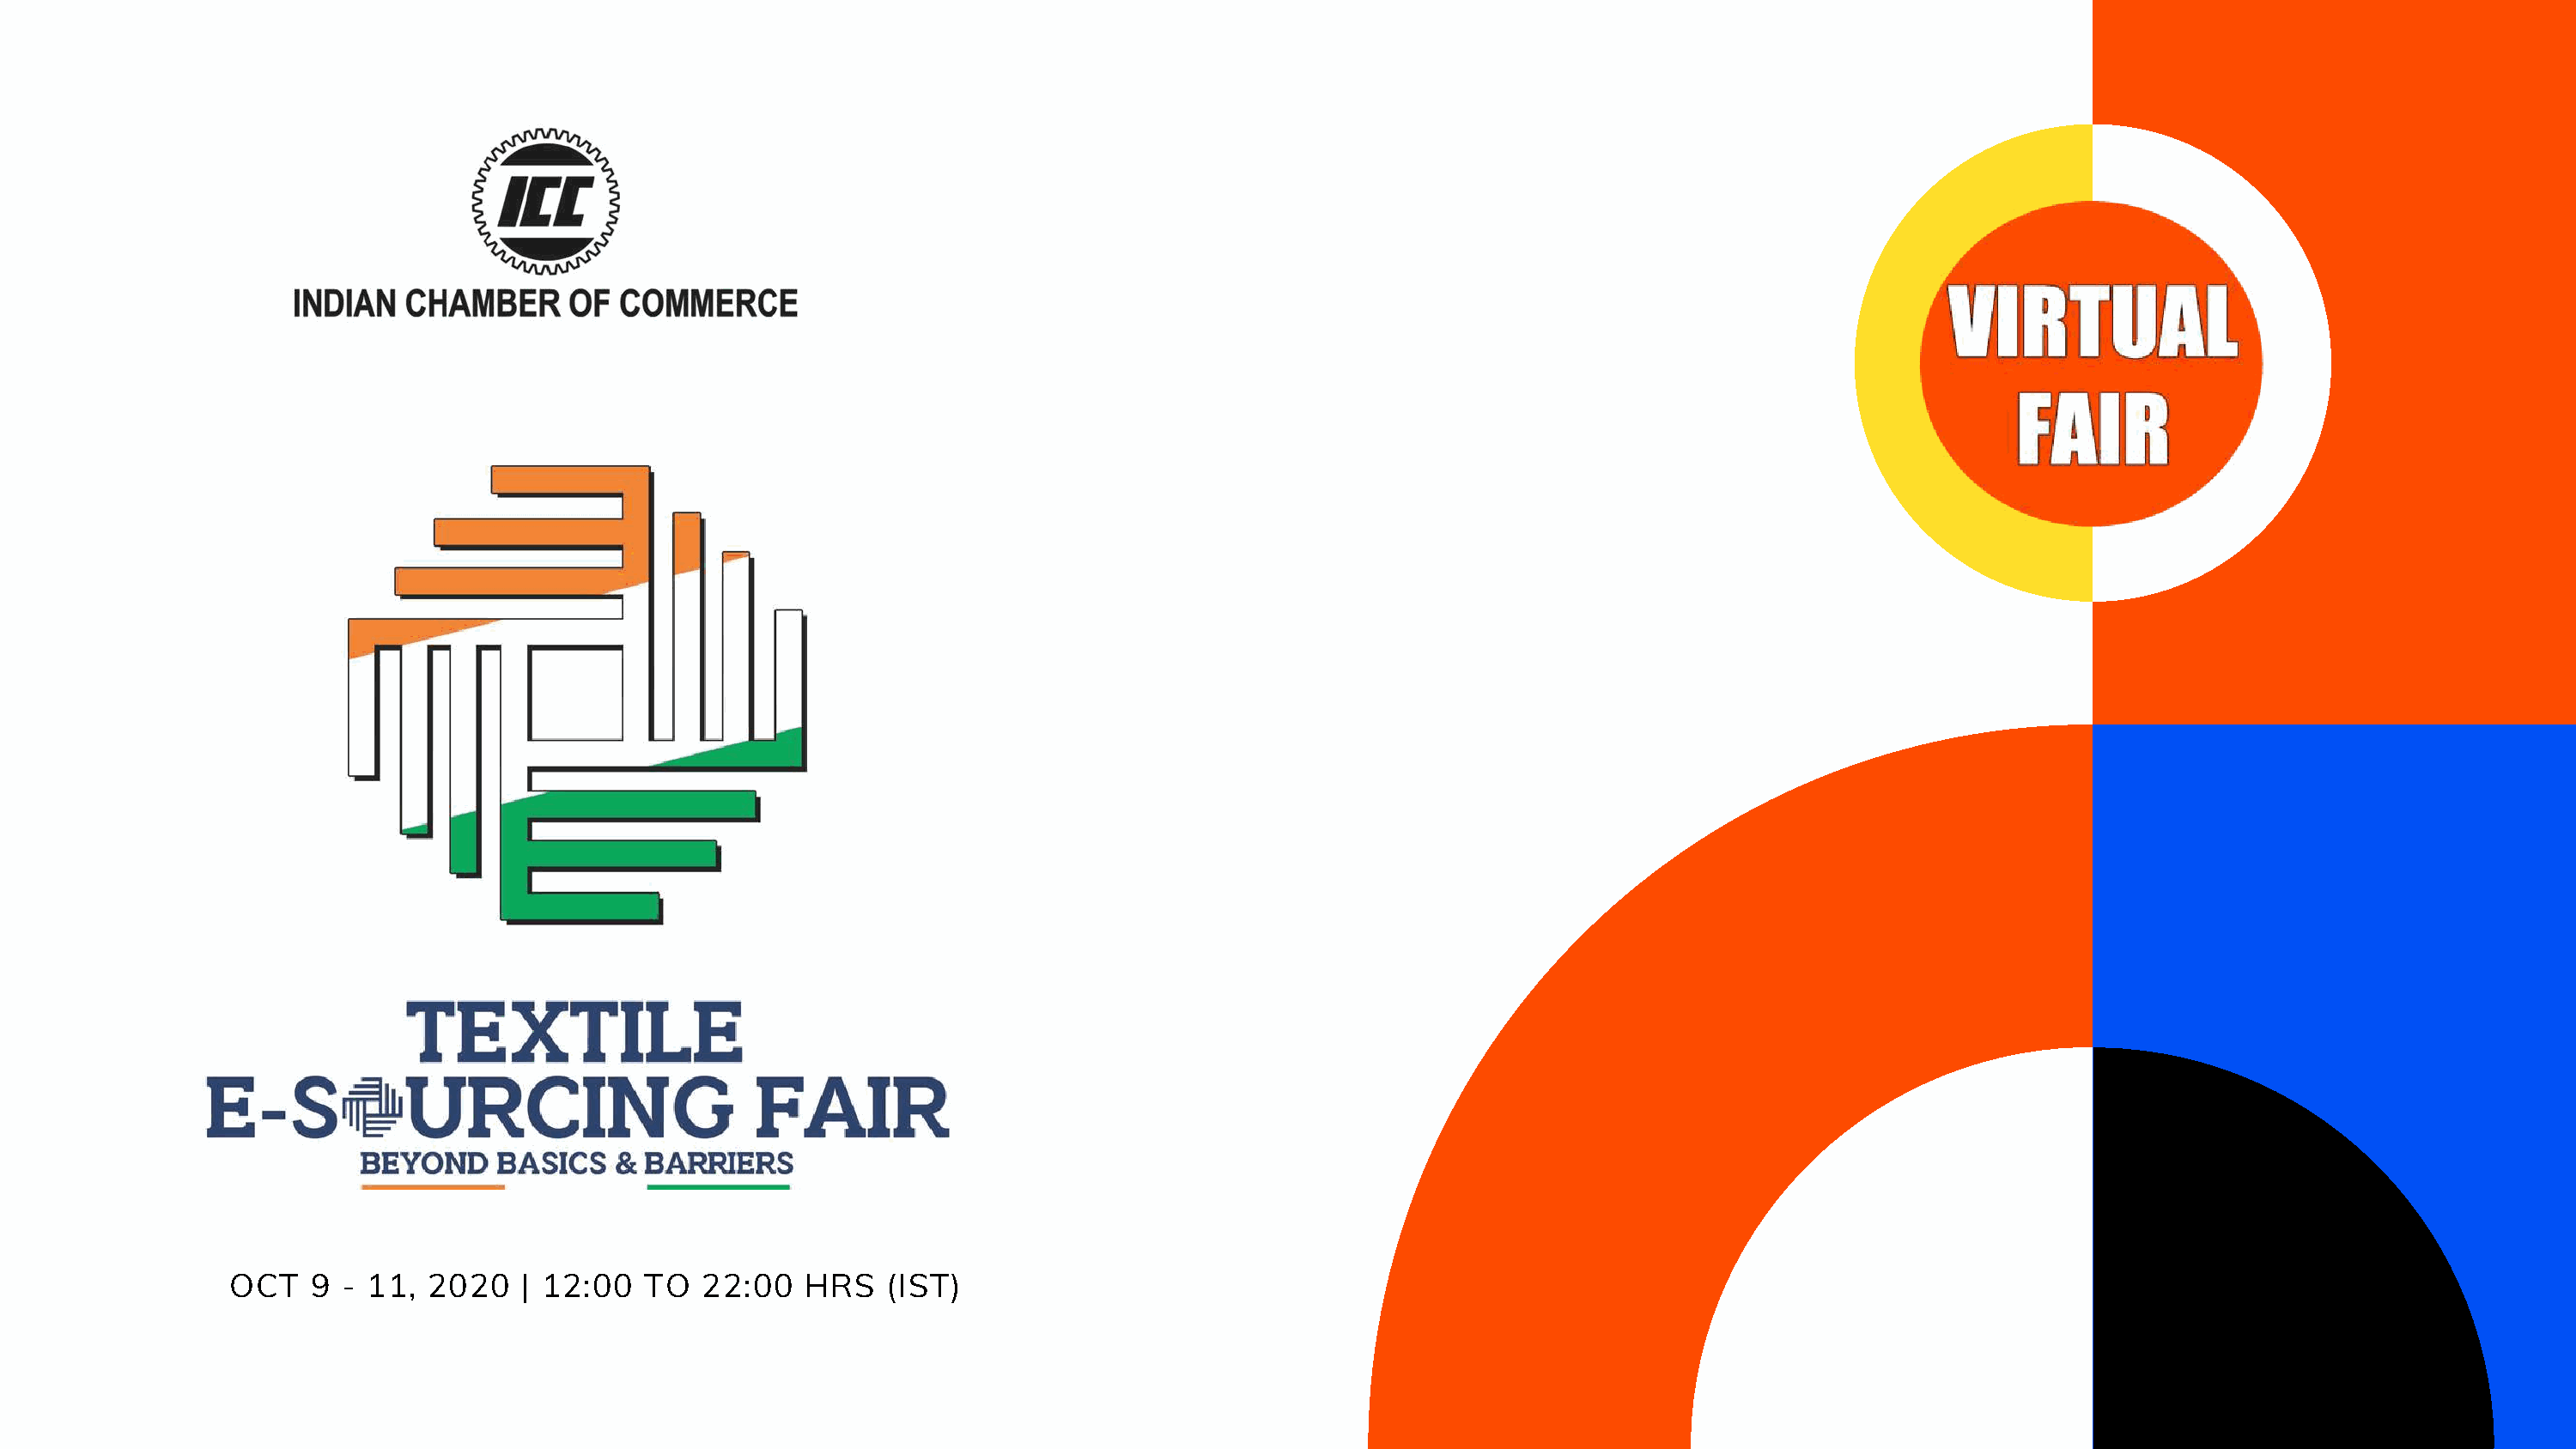
RK
 OCT   9 - 11,  2020   | 12:00   TO  22:00   HRS   (IST)